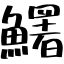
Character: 鱰